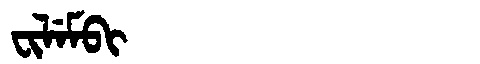
Manchu: ᠸᡳᠯᡝᠮᠪᡳ
Romanization: FILEMBI